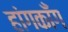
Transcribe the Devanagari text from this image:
हांगकाँग